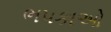
ભપકાઓ